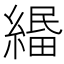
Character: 𦃴